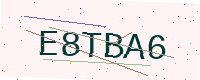
Text: E8TBA6